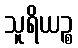
သူရိယဉ္စ